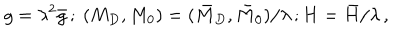
LaTeX: g = \lambda ^ { 2 } \bar { g } \, ; \ ( M _ { D } , M _ { 0 } ) = ( \bar { M } _ { D } , \bar { M } _ { 0 } ) / \lambda \, ; H = \bar { H } / \lambda \, ,